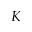
K